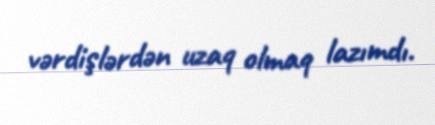
vərdişlərdən uzaq olmaq lazımdı.